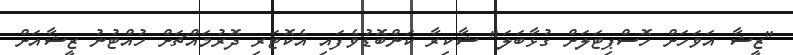
"ޒީޝާ އަވަހަށް ހޮސްޕިޓަލަށް ގުޅާބަލަ" ޝާކިރާ ކަންބޮޑުވެފައި އެކޮޓަރި ދޮރުމައްޗަށް ހުއްޓުނު ޒީޝާއަށް